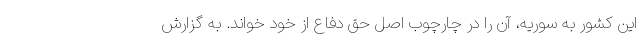
این کشور به سوریه، آن را در چارچوب اصل حق دفاع از خود خواند. به گزارش